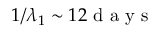
1 / \lambda _ { 1 } \sim 1 2 \mathrm { ~ d ~ a ~ y ~ s ~ }